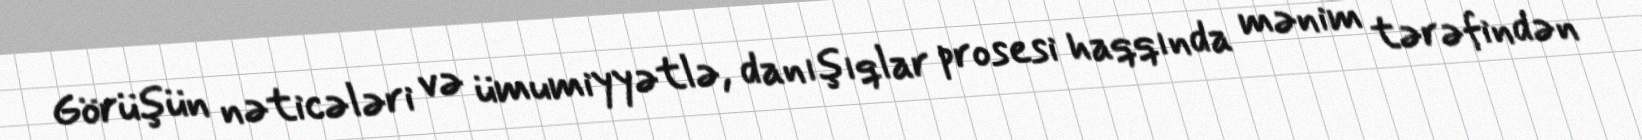
Görüşün nəticələri və ümumiyyətlə, danışıqlar prosesi haqqında mənim tərəfindən